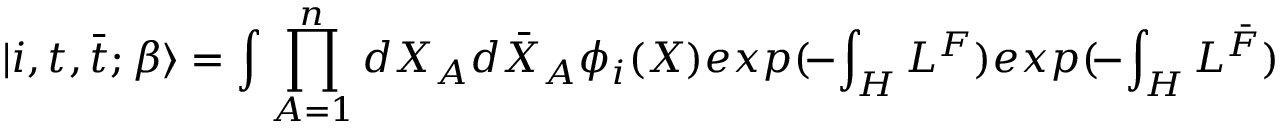
| i , t , { \bar { t } } ; \beta \rangle = \int \prod _ { A = 1 } ^ { n } d X _ { A } d { \bar { X } } _ { A } \phi _ { i } ( X ) e x p ( \! - \! \int _ { H } { \cal L } ^ { F } ) e x p ( \! - \! \int _ { H } { \cal L } ^ { \bar { F } } )